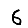
Digit: 6